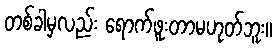
တစ်ခါမှလည်း ရောက်ဖူးတာမဟုတ်ဘူး။